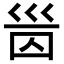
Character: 𡿸